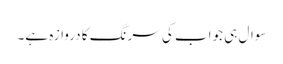
سوال ہی جواب کی سرنگ کا دروازہ ہے۔